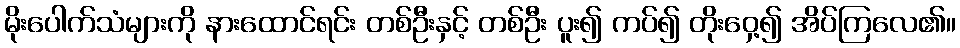
မိုးပေါက်သံများကို နားထောင်ရင်း တစ်ဦးနှင့် တစ်ဦး ပူး၍ ကပ်၍ တိုးဝှေ့၍ အိပ်ကြလေ၏။